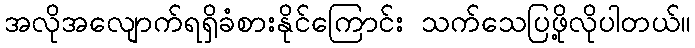
အလိုအလျောက်ရရှိခံစားနိုင်ကြောင်း သက်သေပြဖို့လိုပါတယ်။